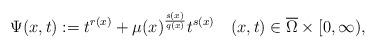
LaTeX: \begin{align*}\Psi(x,t):=t^{r(x)}+\mu(x)^{\frac{s(x)}{q(x)}}t^{s(x)}\quad (x,t)\in \overline{\Omega}\times [0,\infty),\end{align*}